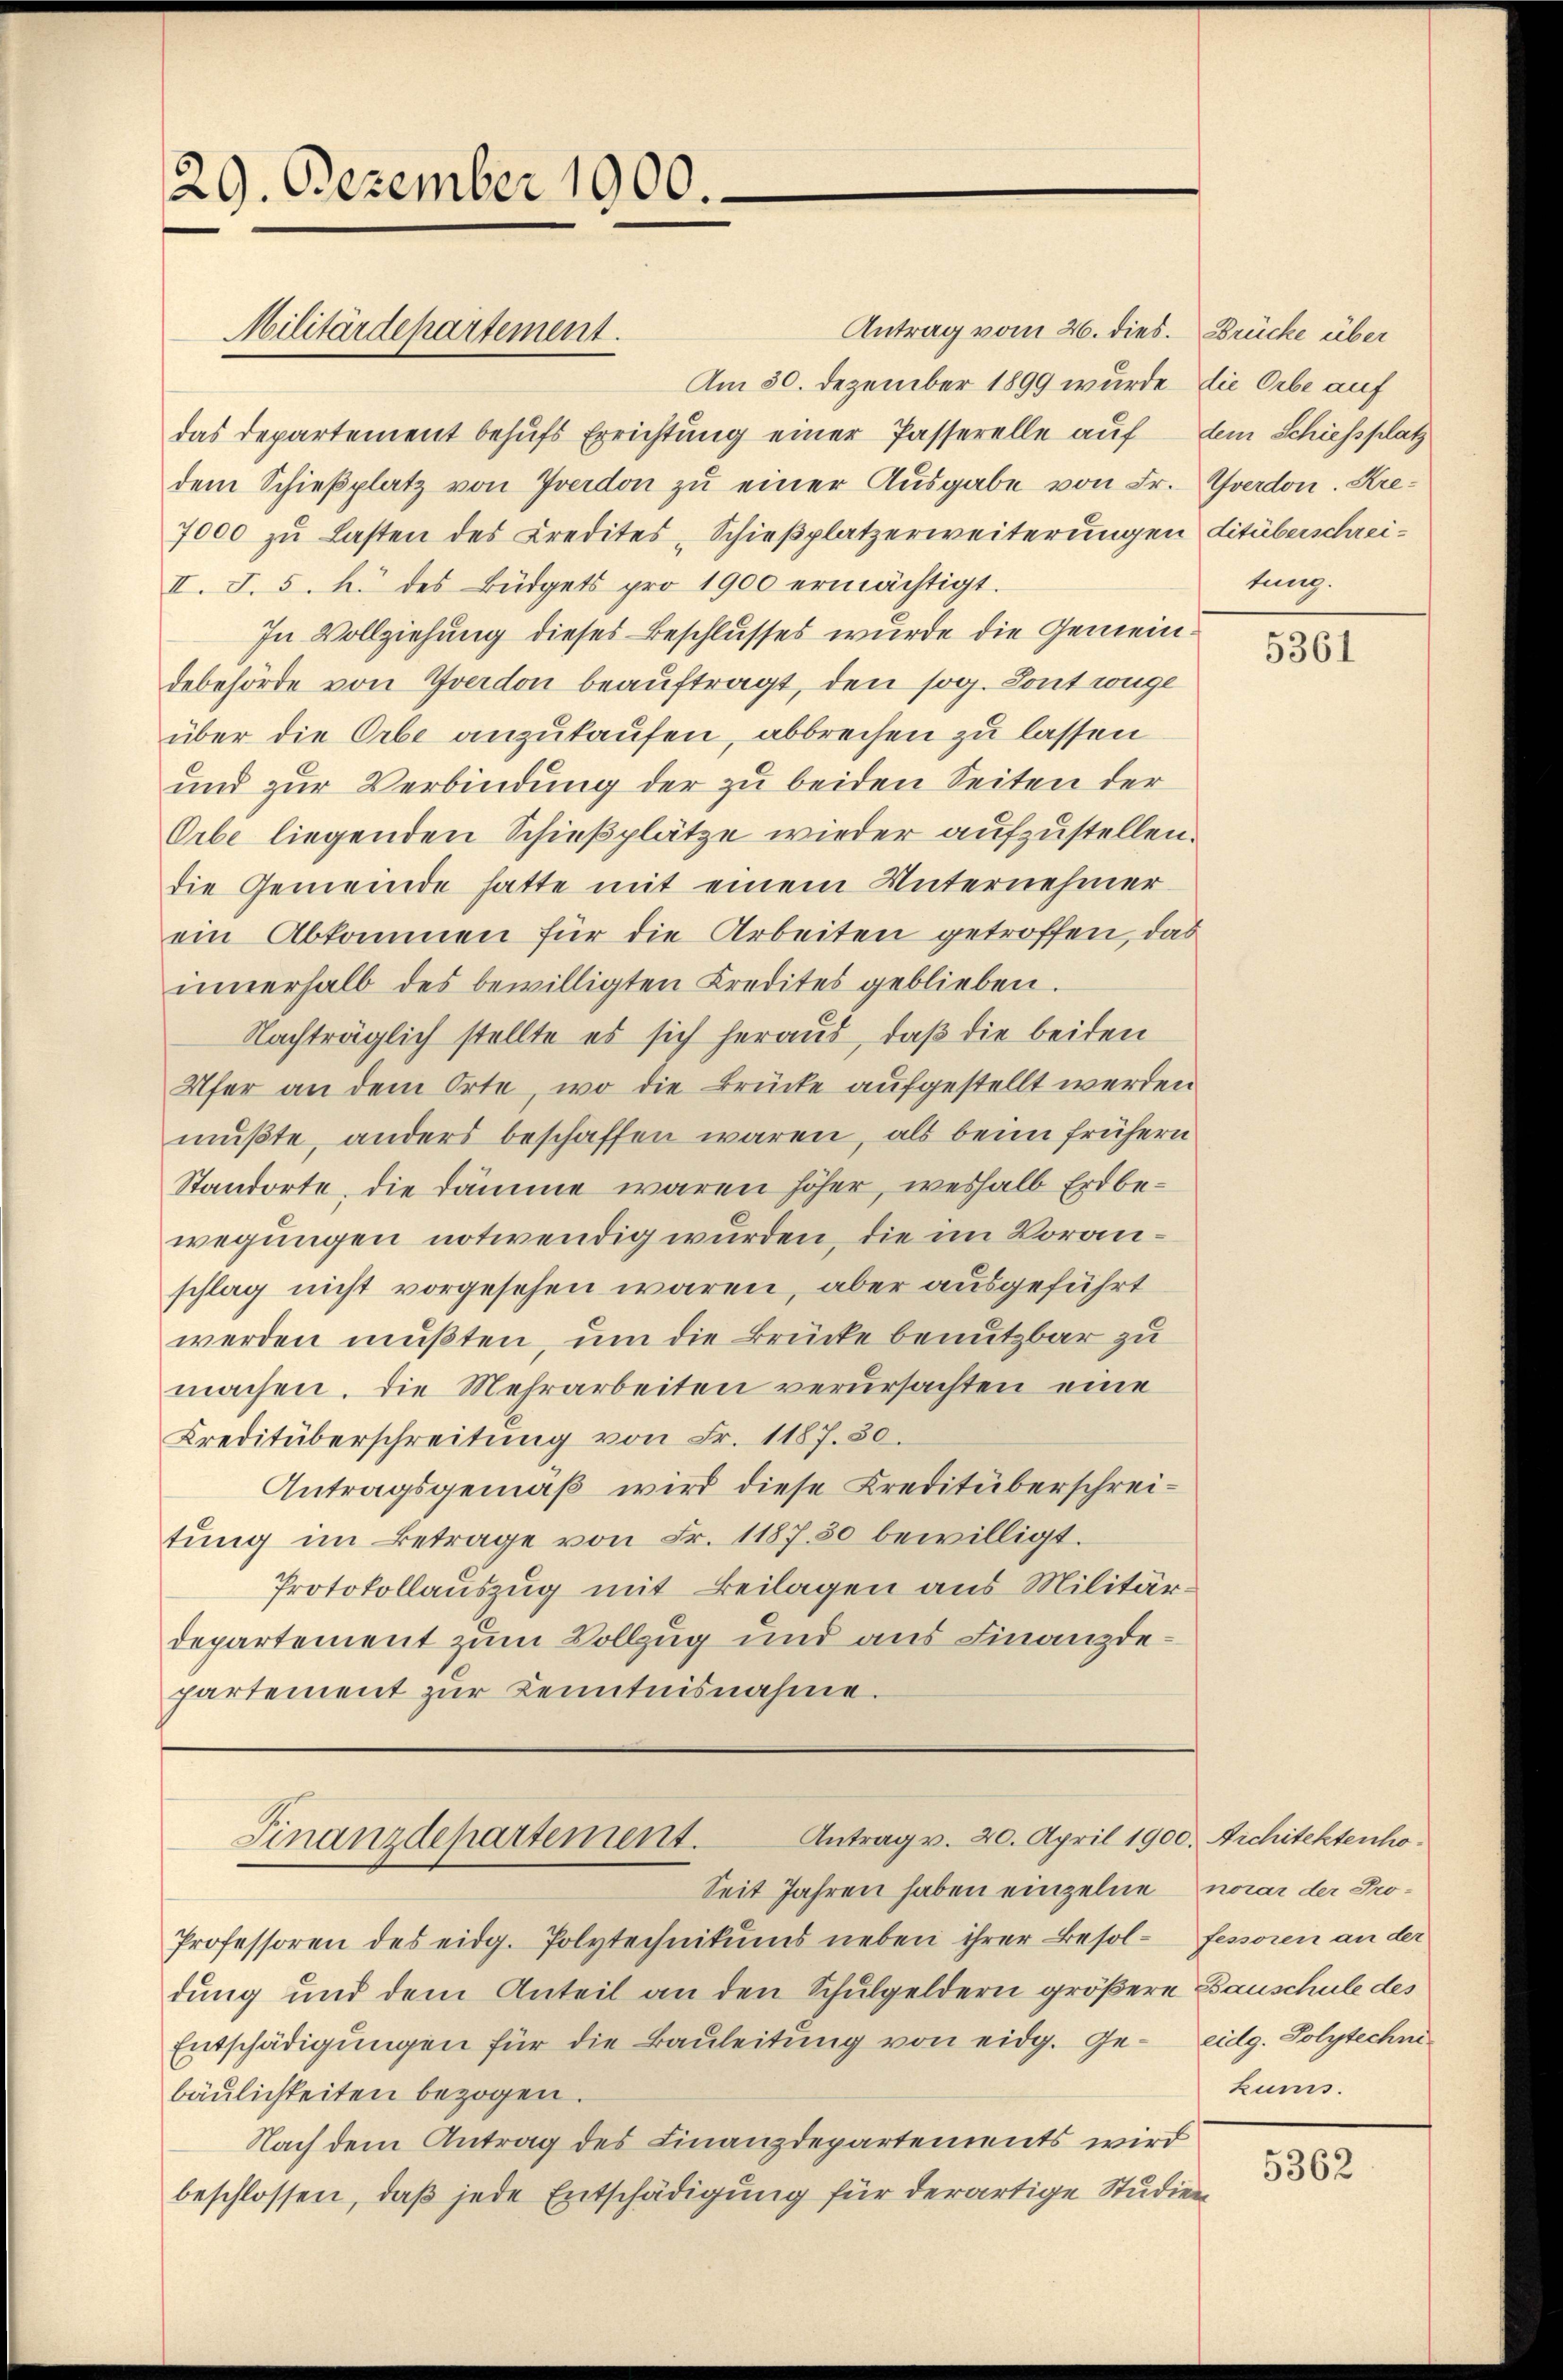
29. Dezember 1900.

das Departement behufs Errichtung einer Passerelle auf dem Schiessplatz
dem Schieβplatz von Yverdon zŭ einer Ausgabe von Fr. verdon. Kre¬
7000 zŭ Lasten des Credites „Schieβplatzerweiterungen Litüberschrei¬
II. S. 5. h. des Büdgets pro 1900 ermächtigt.
In Vollziehung dieses Beschlusses wurde die Gemeindebehörde von Yverdon beauftragt, den sog. Sont wege
über die Orbe anzukaufen, abbrechen zu lassen
und zur Verbindung der zu beiden Seiten der
Orbe liegenden Schießplätze wieder aufzustellen.
die Gemeinde hatte mit einem Unternehmer
ein Abkommen für die Arbeiten getroffen, das
innerhalb des bewilligten Kredites geblieben.
Nachträglich stellte es sich heraus, daß die beiden
Ufer an dem Orte, wo die Brücke aufgestellt werden
mußte, anders beschaffen waren, als beim frühern
Standorte, die Dämme waren höher, weshalb Erdbewegungen notwendig wurden, die im Voranschlag nicht vorgesehen waren, aber ausgeführt
werden mußten, um die Brücke benutzbar zu
machen. Die Mehrarbeiten verursachten eine
Kreditüberschreitŭng von Fr. 1187. 30.
Antragsgemäß wird diese Kreditüberschreitŭng im Betrage von Fr. 1187. 50 bewilligt.
Protokollauszug mit Beilagen aus Militärdepartement zum Vollzug und aus Finanzdepartement zur Kenntnisnahme.

Militärdepartement.

Antrag vom 26. dies. Brücke über
Am 30. Dezember 1899 wurde die Orbe auf

Antrag v. 20. April 1900. Architektenho¬
Finanzdepartement.

dung und dem Anteil an den Schulgeldern größere Bauschule des
Entschädigungen für die Bauleitung von eidg. Ge- eidg. Polytechnibäulichkeiten bezogen.
Nach dem Antrag des Finanzdepartements wird
beschlossen, daß jede Entschädigung für derartige Studien

Seit Jahren haben einzelne norar der Pro¬
Professoren des eidg. Polytechnikums neben ihrer Besol- fessoren an der

tung.

5361

kunis.

5362